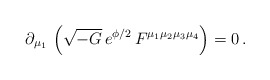
\begin{align*}\partial_{\mu_1}\, \left(\sqrt{-G}\, e^{\phi/2}\, F^{\mu_1 \mu_2 \mu_3 \mu_4}\right) = 0 \, .\end{align*}